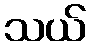
သယ်